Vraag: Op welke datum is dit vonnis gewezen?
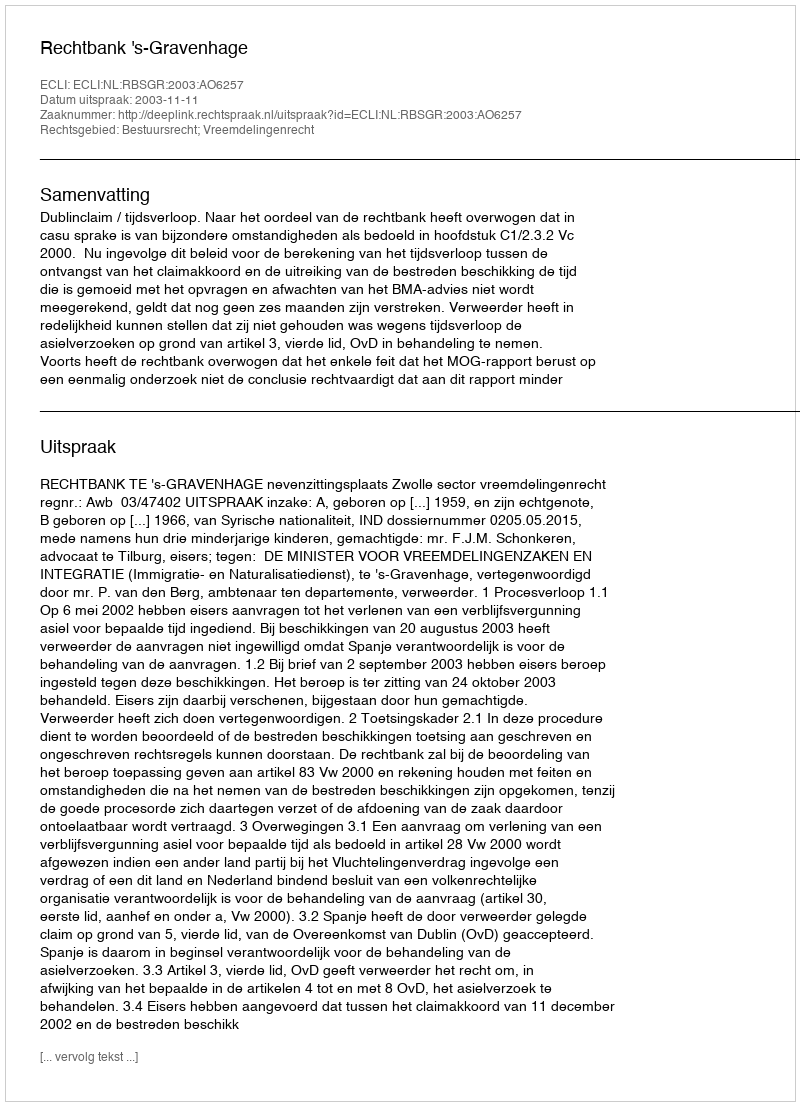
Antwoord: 2003-11-11